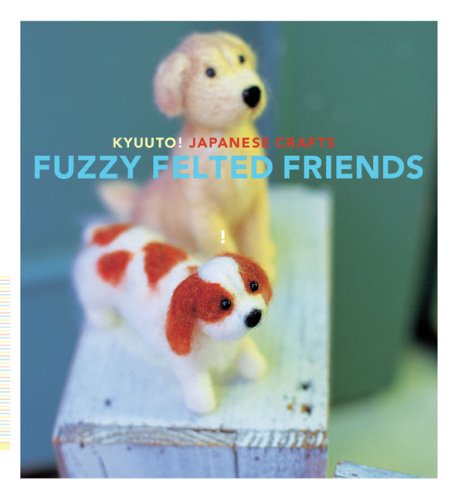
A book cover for Kyuuto! Japanese Crafts: Fuzzy Felted Friends; Saori Yamazaki; Crafts, Hobbies & Home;